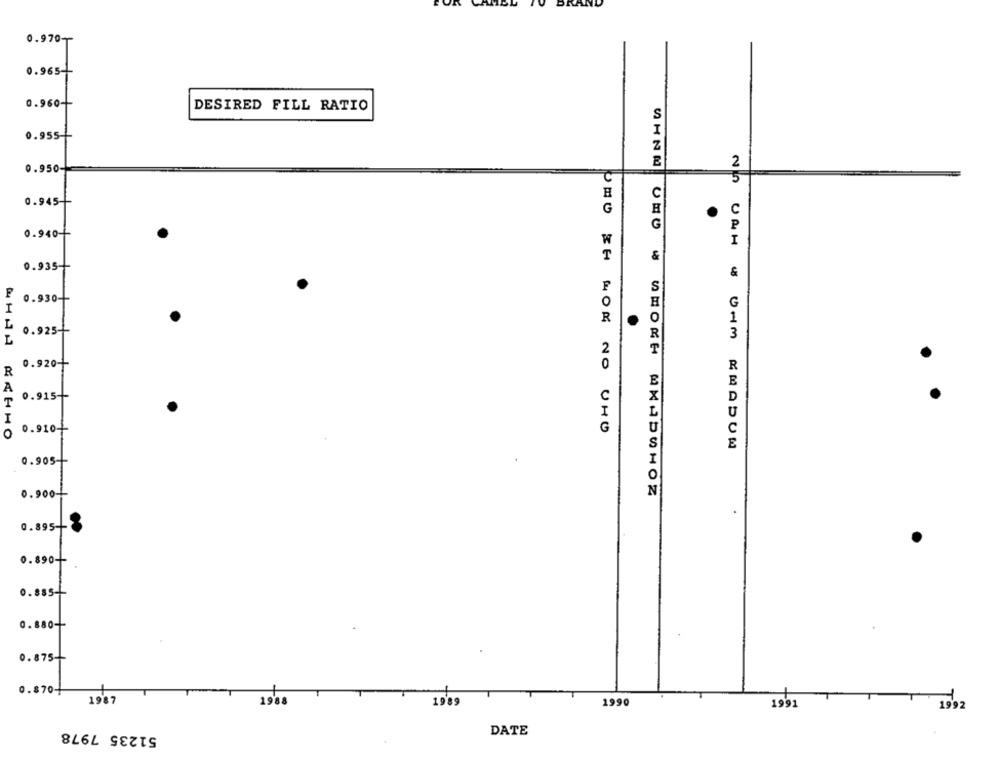
KAND
0.970-
0.965-
0.960-
DESIRED FILL RATIO
0.955-
2
0.950
5
0.945-
C
G
0.940+
I
&
0.935 --
&
S
F
0.930-
G
O
L
0.925-
L
0.920 +
R
A
0.915 --
T
I
O
0.910-1
UNO IH HOR NO UHO
NO UNH & OHM KHADUM
0.905-
0.900
0.895-
0.890-+
0.885-
0.880-
0.875-
0.870-
1988
1987
1989
1990
1991
1992
51235 7978
DATE